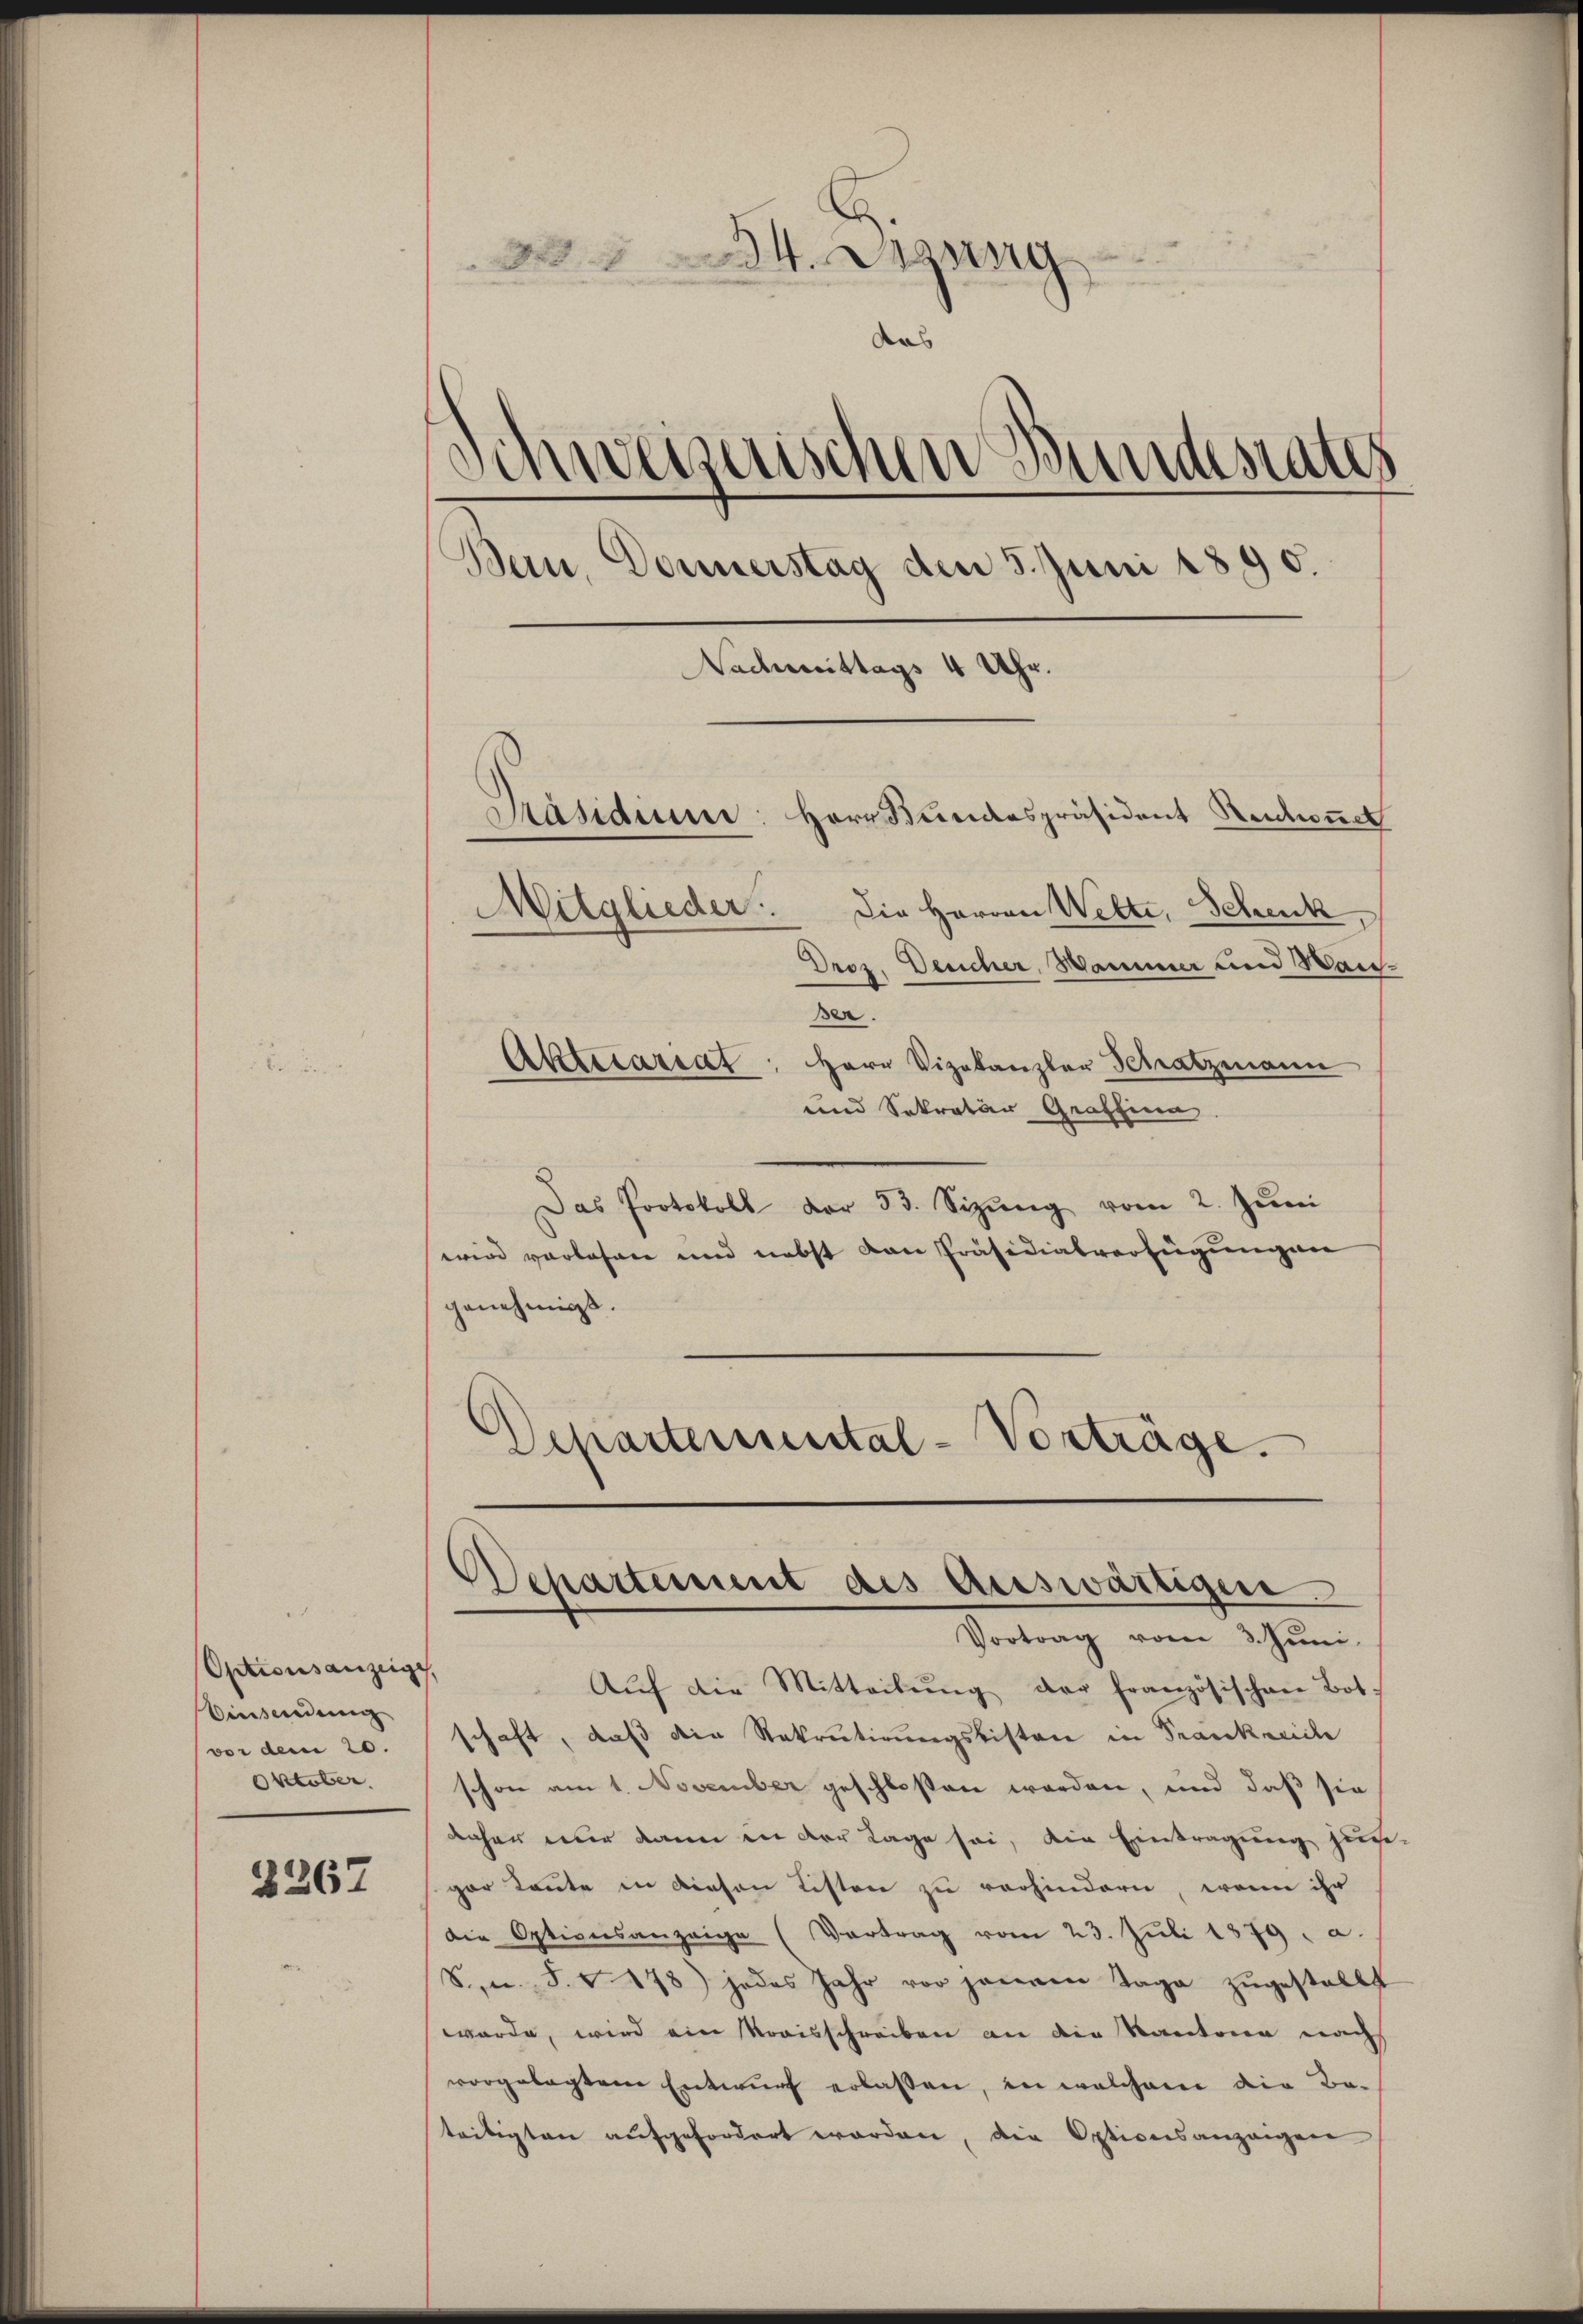
Optionsanzeige,
Einsendung
vor dem 20.
Oktober.

2267

234. Segung
Aus
)
s
ihweiserischen Bundesrates
Bern, Donnerstag den 5. Juni 1890.
Nachmittags 4 Uhr.
Präsidium: Herr Bundespräsident Neschonet

Mitglieder. Die Herren Welte, Schenk
Droz. Deucher, Marmer und Wai¬
Ber.
Aktecariat, Herr Vizekanzler Schatzmann
und Sekretär Graffina
Das Protokoll der 53. Sizŭng vom 2. Jŭni
wird vorlesen und nebst von Präsidialverfügungen
genehmigt.
Separtemental-Vorträge.

Departement des auswärtigen.
Vortrag vom 3. Juni

Aŭf die Mitteilŭng der französischen Bot.
schaft, daß die Rekrutirungslisten in Frankreich
schon am 1. November geschloßen worden, und daß sie
daher nur dann in der Lage sei, die Eintragung zusgar konnte in diesen Listen zu vorhindern, wenn ihr
die Optionsanzeige (Vortrag vom 23. Jŭli 1879. a.
S., n. F. v. 178) jedes Jahr vor jeneren Tage zŭgestellt
wurde, wird ein Kreisschreiben an die Kantone nachs
vorgelegtem Entwŭrf erlassen, in welchem die Be-
teiligten aŭfgefordert worden, die Optionsanzeigen